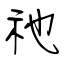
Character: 祂